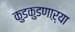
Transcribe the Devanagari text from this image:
कुडकुडणाऱ्या